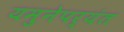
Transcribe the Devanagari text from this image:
यमुनेपर्यंत